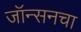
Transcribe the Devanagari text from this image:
जॉन्सनचा